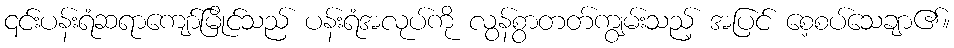
၎င်းပန်းရံဆရာကျော်မြိုင်သည် ပန်းရံအလုပ်ကို လွန်စွာတတ်ကျွမ်းသည့် အပြင် စေ့စပ်သေချာ၏။